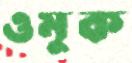
ওমুক